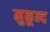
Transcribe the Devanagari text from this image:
मुकून्द